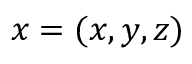
\boldsymbol { x } = ( x , y , z )